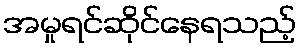
အမှုရင်ဆိုင်နေရသည့်